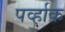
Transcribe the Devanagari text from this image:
पर्व्हाक